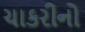
ચાકરીનો